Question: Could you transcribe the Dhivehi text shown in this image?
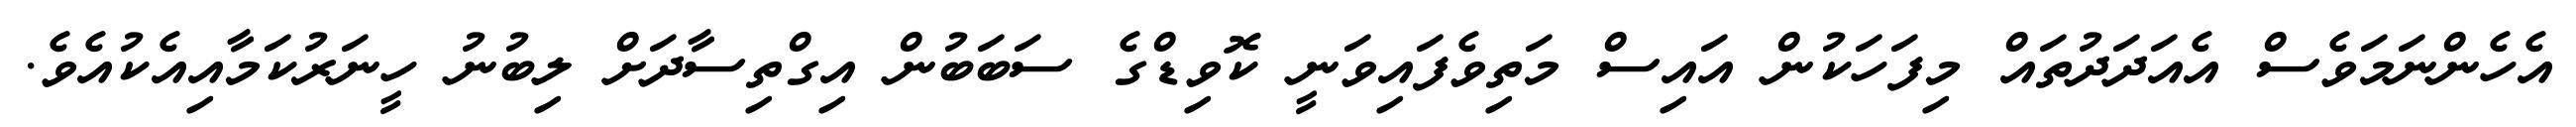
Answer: އެހެންނަމަވެސް އެއަދަދުތައް މިފަހަކުން އައިސް މަތިވެފައިވަނީ ކޮވިޑްގެ ސަބަބުން އިގްތިސާދަށް ލިބުނު ހީނަރުކަމާއިއެކުއެވެ.